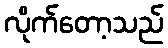
လိုက်တော့သည်